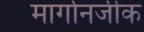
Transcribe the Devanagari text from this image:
मार्गानजीक